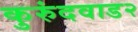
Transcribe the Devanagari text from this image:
कुरुंदवाड२